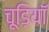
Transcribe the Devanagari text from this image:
चूड़ियॉ